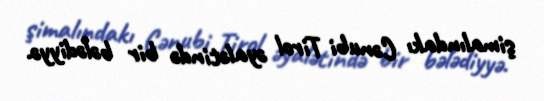
şimalındakı Cənubi Tirol əyalətində bir bələdiyyə.